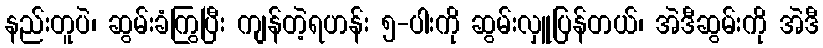
နည်းတူပဲ၊ ဆွမ်းခံကြွပြီး ကျန်တဲ့ရဟန်း ၅-ပါးကို ဆွမ်းလှူပြန်တယ်၊ အဲဒီဆွမ်းကို အဲဒီ